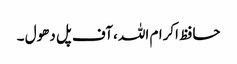
حافظ اکرام اللہ ،آف پل دھول ۔